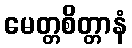
မေတ္တစိတ္တာနံ